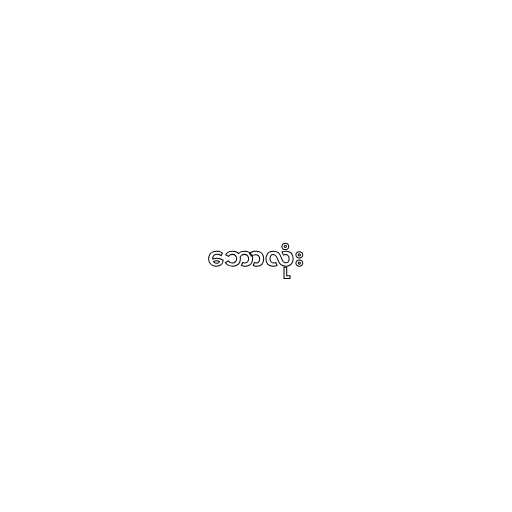
ဘောလုံး